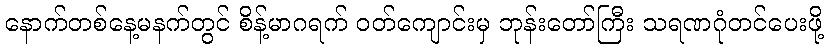
နောက်တစ်နေ့မနက်တွင် စိန့်မာဂရက် ဝတ်ကျောင်းမှ ဘုန်းတော်ကြီး သရဏဂုံတင်ပေးဖို့